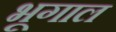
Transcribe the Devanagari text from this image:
भूगाल